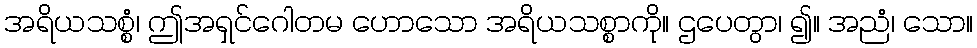
အရိယသစ္စံ၊ ဤအရှင်ဂေါတမ ဟောသော အရိယသစ္စာကို။ ဌပေတွာ၊ ၍။ အညံ၊ သော။